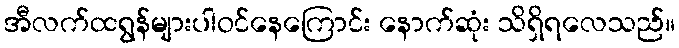
အီလက်ထရွန်များပါဝင်နေကြောင်း နောက်ဆုံး သိရှိရလေသည်။